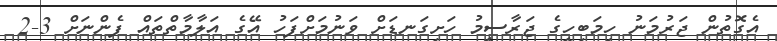
އެގޮތުން ޖަރުމަނު ހިމަބިހީގެ ޖަރާސީމު ހަށިގަނޑަށް ވަނުމަށްފަހު އޭގެ އަލާމާތްތައް ފެންނަށް 3-2